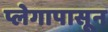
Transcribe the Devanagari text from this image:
प्लेगापासून